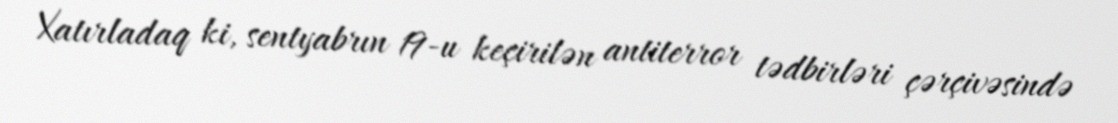
Xatırladaq ki, sentyabrın 19-u keçirilən antiterror tədbirləri çərçivəsində